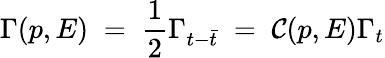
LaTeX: \Gamma(p,E)\; =\; {\frac{1}{2}}\Gamma_{t-\bar{t}}\; =\; {\cal C}(p,E)\Gamma_{t}